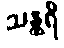
သန္ထရိ